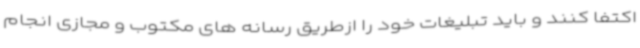
اکتفا کنند و باید تبلیغات خود را ازطریق رسانه های مکتوب و مجازی انجام